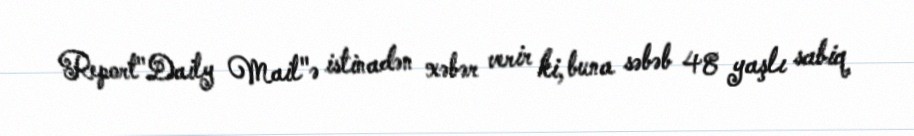
Report"Daily Mail"ə istinadən xəbər verir ki, buna səbəb 48 yaşlı sabiq